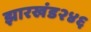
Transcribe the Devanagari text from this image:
झारखंड२४६